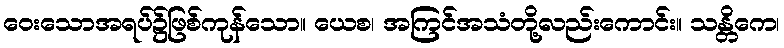
ဝေးသောအရပ်၌ဖြစ်ကုန်သော။ ယေစ၊ အကြင်အသံတို့လည်းကောင်း။ သန္တိကေ၊